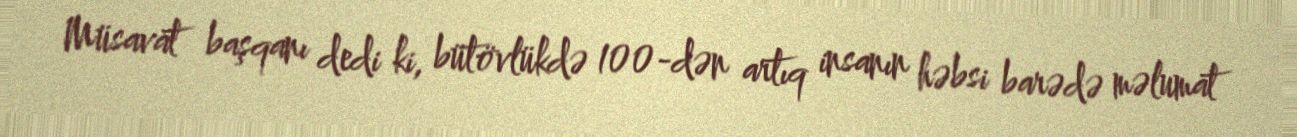
Müsavat başqanı dedi ki, bütövlükdə 100-dən artıq insanın həbsi barədə məlumat